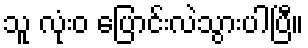
သူ လုံးဝ ပြောင်းလဲသွားပါပြီ။